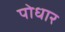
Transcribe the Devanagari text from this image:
पोधार